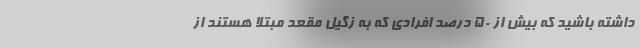
داشته باشید که بیش از 50 درصد افرادی که به زگیل مقعد مبتلا هستند از